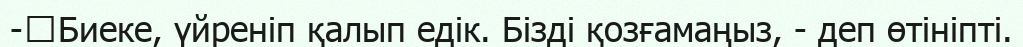
-	Биеке, үйреніп қалып едік. Бізді қозғамаңыз, - деп өтініпті.